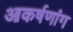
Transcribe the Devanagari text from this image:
आकर्षणांग